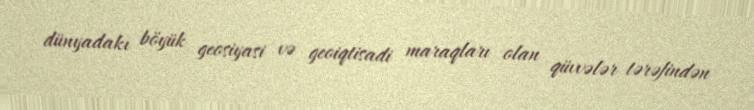
dünyadakı böyük geosiyasi və geoiqtisadi maraqları olan qüvvələr tərəfindən